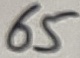
Text: 65